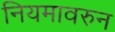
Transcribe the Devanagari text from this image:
नियमावरुन